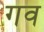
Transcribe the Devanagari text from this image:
गव